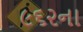
૯૬૨ના